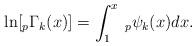
LaTeX: \begin{align*}\ln [_{p}\Gamma _{k}(x)]=\int_{1}^{x}\:_{p}\psi_{k}(x)dx.\end{align*}